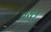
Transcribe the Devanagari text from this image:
बरलु